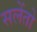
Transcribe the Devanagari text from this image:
सलेंतो